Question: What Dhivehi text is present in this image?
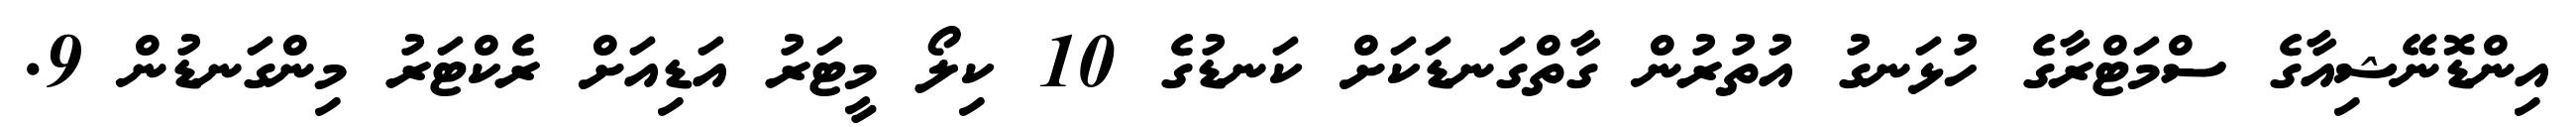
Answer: އިންޑޮނޭޝިއާގެ ސްމަޓްރާގެ ހުޅަނގު އުތުރުން ގާތްގަނޑަކަށް ކަނޑުގެ 10 ކިލޯ މީޓަރު އަޑިއަށް ރެކްޓަރު މިންގަނޑުން 9.